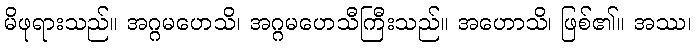
မိဖုရားသည်။ အဂ္ဂမဟေသိ၊ အဂ္ဂမဟေသီကြီးသည်။ အဟောသိ၊ ဖြစ်၏။ အဿ၊